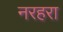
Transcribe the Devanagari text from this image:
नरहरा